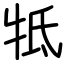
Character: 牴